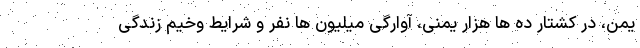
یمن، در کشتار ده ها هزار یمنی، آوارگی میلیون ها نفر و شرایط وخیم زندگی